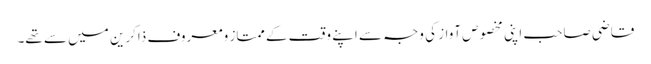
قاضی صاحب اپنی مخصوص آواز کی وجہ سے اپنے وقت کے ممتاز ومعروف ذاکرین میں سے تھے۔